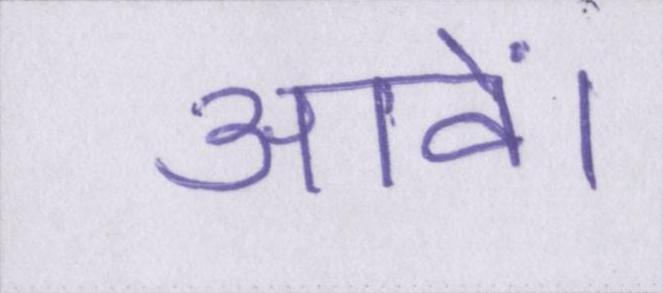
आवें।